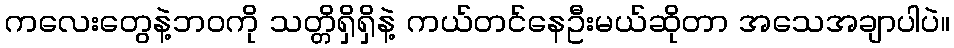
ကလေးတွေနဲ့ဘဝကို သတ္တိရှိရှိနဲ့ ကယ်တင်နေဦးမယ်ဆိုတာ အသေအချာပါပဲ။